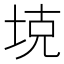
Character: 𪣕